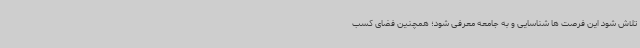
تلاش شود این فرصت ها شناسایی و به جامعه معرفی شود؛ همچنین فضای کسب